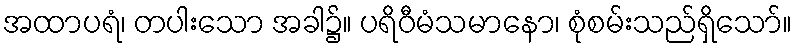
အထာပရံ၊ တပါးသော အခါ၌။ ပရိဝီမံသမာနော၊ စုံစမ်းသည်ရှိသော်။